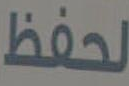
لحفظ